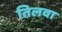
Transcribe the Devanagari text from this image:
तिलवा